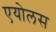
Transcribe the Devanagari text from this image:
एयोलस